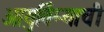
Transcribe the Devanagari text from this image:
आयुर्विम्याची